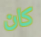
كان